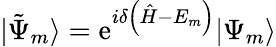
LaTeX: |{\tilde{\Psi}_{m}}\rangle=\mathrm{e}^{i\delta\left({\hat{H}}-E_{m}\right)}|\Psi_{m}\rangle